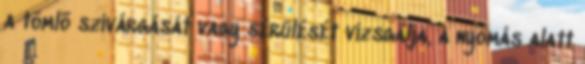
a tömlõ szivárgását vagy sérülését vizsgálja, a nyomás alatt